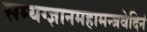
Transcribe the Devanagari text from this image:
सम्यग्ज्ञानमहामन्त्रवेदिनं